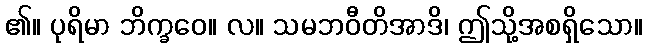
၏။ ပုရိမာ ဘိက္ခဝေ။ လ။ သမဘဝီတိအာဒိ၊ ဤသို့အစရှိသော။